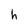
Character: h